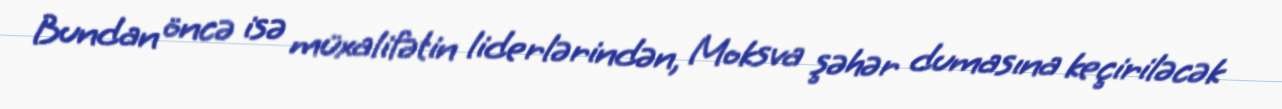
Bundan öncə isə müxalifətin liderlərindən, Moksva şəhər dumasına keçiriləcək